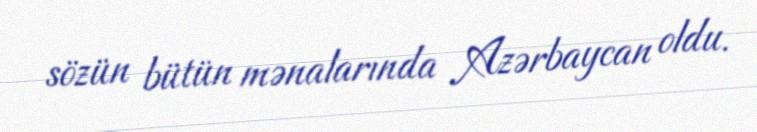
sözün bütün mənalarında Azərbaycan oldu.